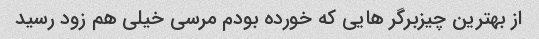
از بهترین چیزبرگر هایی که خورده بودم مرسی خیلی هم زود رسید